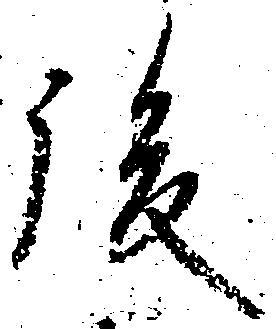
後